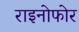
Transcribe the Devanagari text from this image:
राइनोफोर